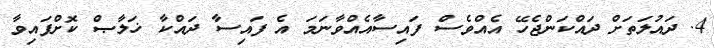
4. ދައުލަތަށް ދައްކަންޖެހޭ އެއްވެސް ފައިސާއެއްވާނަމަ އެ ފައިސާ ދައްކާ ޚަލާޞް ކޮށްފައިވާ